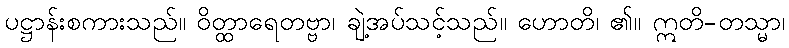
ပဋ္ဌာန်းစကားသည်။ ဝိတ္ထာရေတဗ္ဗာ၊ ချဲ့အပ်သင့်သည်။ ဟောတိ၊ ၏။ ဣတိ-တသ္မာ၊